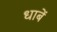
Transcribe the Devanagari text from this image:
धाबें